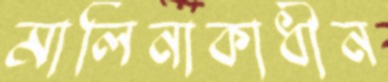
মালিনাকাধীন